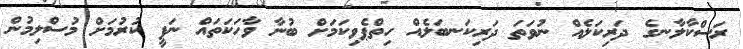
ރަސްކާލާނގެ ދަރިކަލެއް ނުވަތަ ދަރިކަނބަލެއް ހިތްޕެވިކަމަށް ބުނާ ވާހަކަތައް ނަފީ ކުރުމަށް މުސްލިމުން